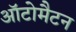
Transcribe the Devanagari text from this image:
ऑटोमैटन